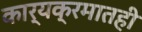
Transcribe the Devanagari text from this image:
कार्यक्रमातही